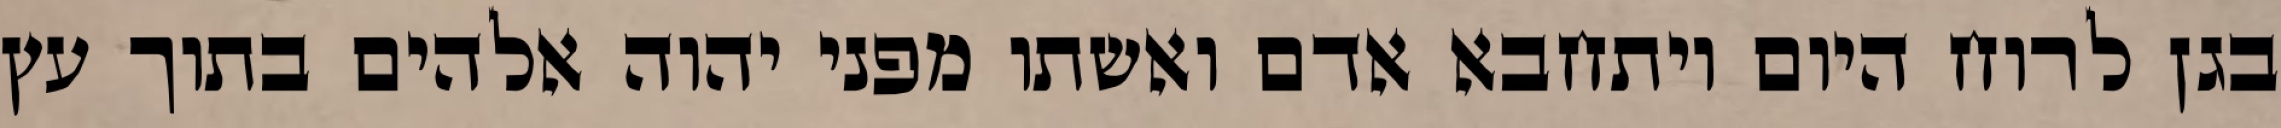
בגן לרוח היום ויתחבא אדם ואשתו מפני יהוה אלהים בתוך עץ